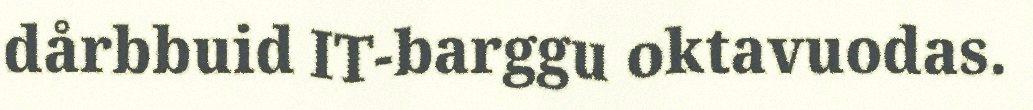
dårbbuid IT-barggu oktavuodas.